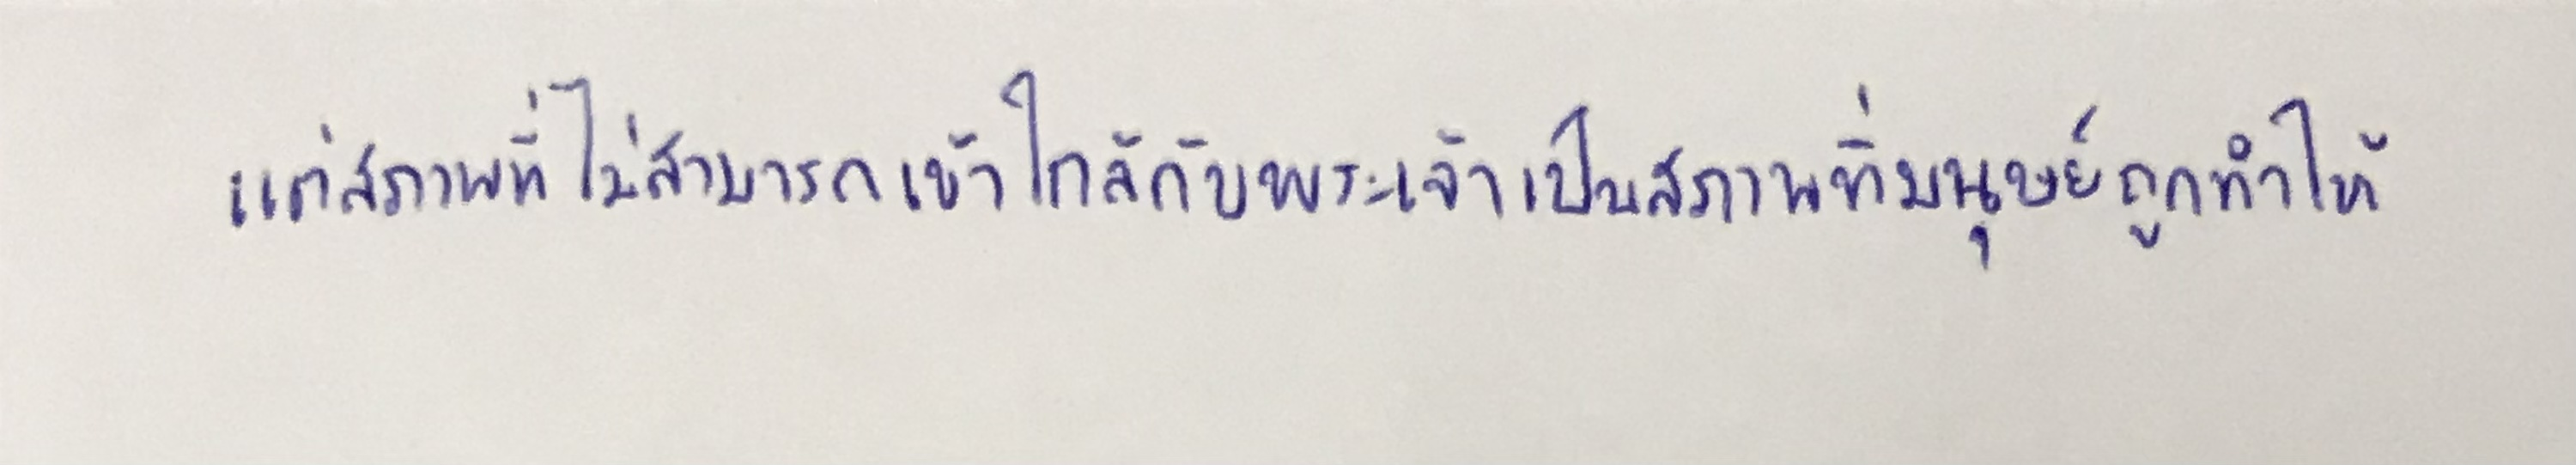
แต่สภาพที่ไม่สามารถเข้าใกล้กับพระเจ้าเป็นสภาพที่มนุษย์ถูกทำให้